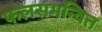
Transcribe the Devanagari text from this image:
फलसमन्वित